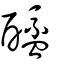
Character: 䤈